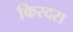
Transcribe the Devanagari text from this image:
किरदरा